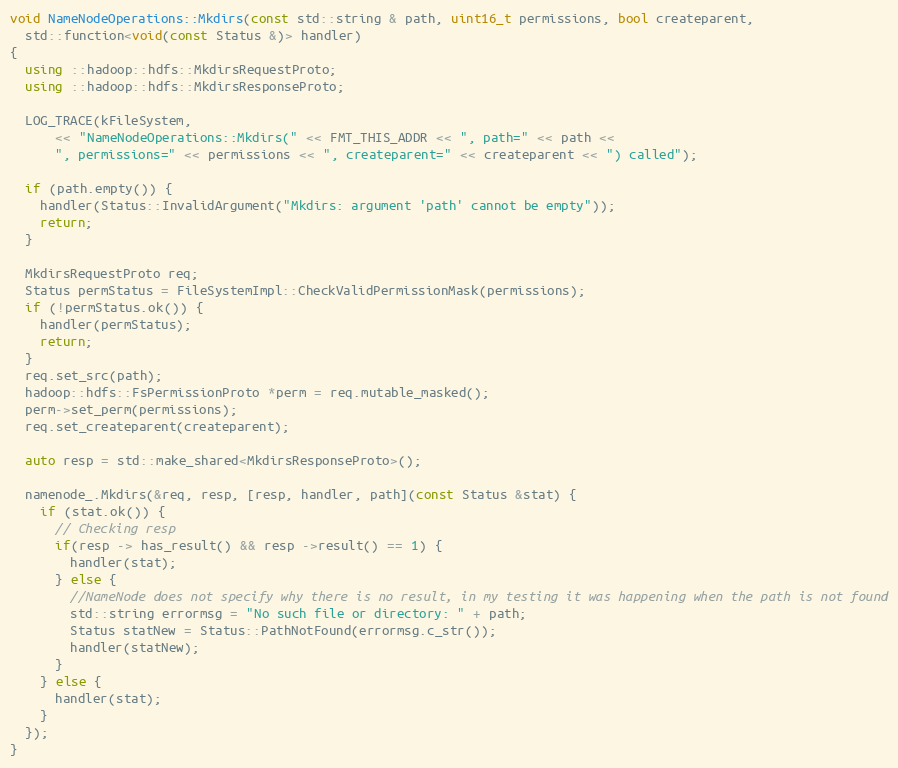
Language: C++
void NameNodeOperations::Mkdirs(const std::string & path, uint16_t permissions, bool createparent,
  std::function<void(const Status &)> handler)
{
  using ::hadoop::hdfs::MkdirsRequestProto;
  using ::hadoop::hdfs::MkdirsResponseProto;

  LOG_TRACE(kFileSystem,
      << "NameNodeOperations::Mkdirs(" << FMT_THIS_ADDR << ", path=" << path <<
      ", permissions=" << permissions << ", createparent=" << createparent << ") called");

  if (path.empty()) {
    handler(Status::InvalidArgument("Mkdirs: argument 'path' cannot be empty"));
    return;
  }

  MkdirsRequestProto req;
  Status permStatus = FileSystemImpl::CheckValidPermissionMask(permissions);
  if (!permStatus.ok()) {
    handler(permStatus);
    return;
  }
  req.set_src(path);
  hadoop::hdfs::FsPermissionProto *perm = req.mutable_masked();
  perm->set_perm(permissions);
  req.set_createparent(createparent);

  auto resp = std::make_shared<MkdirsResponseProto>();

  namenode_.Mkdirs(&req, resp, [resp, handler, path](const Status &stat) {
    if (stat.ok()) {
      // Checking resp
      if(resp -> has_result() && resp ->result() == 1) {
        handler(stat);
      } else {
        //NameNode does not specify why there is no result, in my testing it was happening when the path is not found
        std::string errormsg = "No such file or directory: " + path;
        Status statNew = Status::PathNotFound(errormsg.c_str());
        handler(statNew);
      }
    } else {
      handler(stat);
    }
  });
}